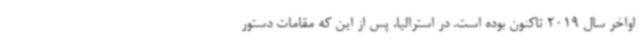
اواخر سال 2019 تاکنون بوده است. در استرالیا، پس از این که مقامات دستور